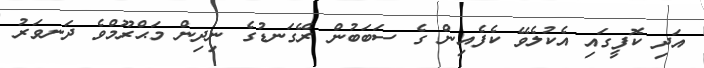
އަދި ކޮފީގައި އެކުލެވޭ ކެފެއިން ގެ ސަބަބުން ރޭގަނޑުގެ ނިދިން މަޙްރޫމްވެ ދަނވަރު